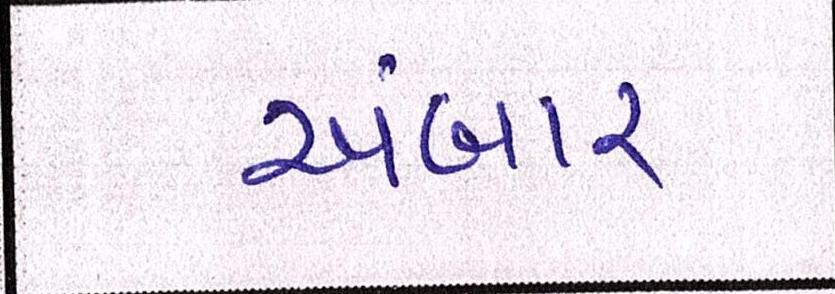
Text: અંબાર